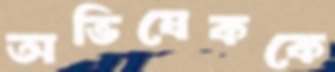
অভিষেককে